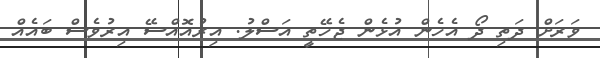
ވަރަށް ދަތި ދޯ އެހެން އުޅެން ޖެހޭތީ އަސްލު. އިރުއޮއްސޭ އިރުވެސް ބައެއް